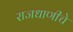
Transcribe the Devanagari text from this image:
राजधाणीचे